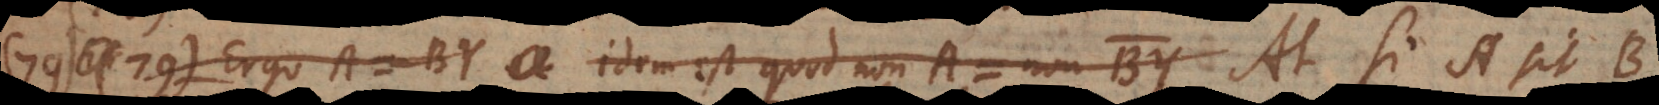
79) Ergo A = BY idem est quod non‐A = non BY At si A sit B,